Vaccination North-Western Provinces 1866-1877 - 1866-1877
Year: 1866
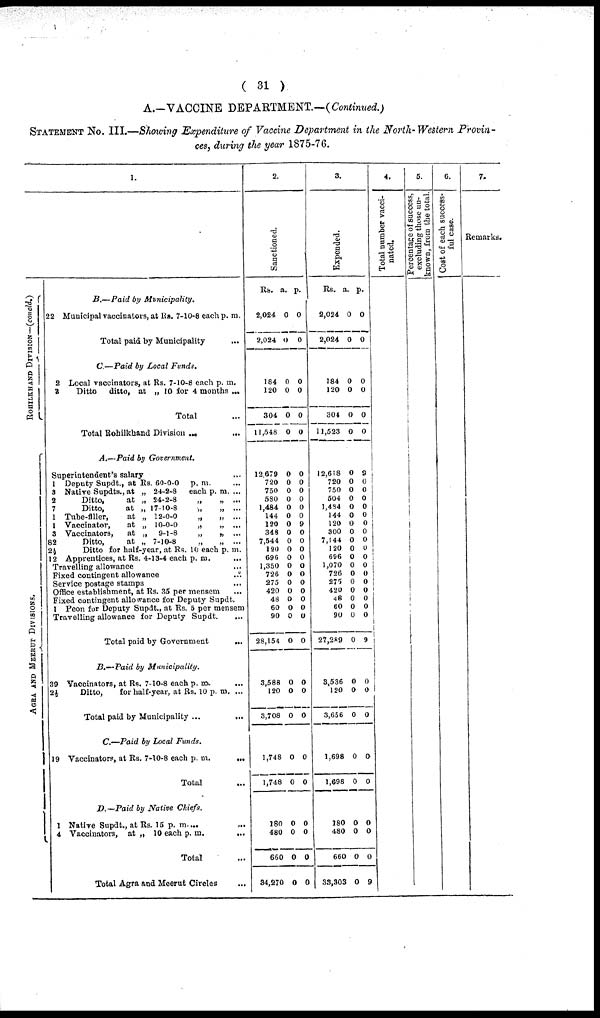
( 31 )
A.—VACCINE DEPARTMENT.—(Continued.)
STATEMENT No. III.—Showing Expenditure of Vaccine Department in the North-Western Provin-
ces, during the year 1875-76.
ROHILKHAND DIVISION—(concld.)
AGRA AND MEERUT DIVISIONS.
1.
B.—Paid
by
Municipality.
22 Municipal vaccinators, at Rs. 7-10-8 each p. m.
Total paid by Municipality ...
C—Paid
by Local
Funds.
2 Local vaccinators, at Rs. 7-10-8 each p. m.
3
Ditto
ditto, at
„ 10 for 4 months ...
Total ...
Total Rohilkhand Division ... ...
A.—Paid by
Government.
Superintendent's salary ...
1 Deputy Supdt., at Rs. 60-0-0
p. m. ...
3 Native Supdts., at „ 24-2-8
each p. m. ...
2
Ditto,
at „ 24-2-8
„
„
...
7
Ditto,
at „ 17-10-8
„
„
...
1 Tube-filler,
at „ 12-0-0
„
„
...
1 Vaccinator,
at „ 10-0-0
„
„
...
3 Vaccinators,
at „
9-1-8
„
„
...
82
Ditto,
at „ 7-10-8
„
„
...
2½
Ditto for half-year, at Rs. 10 each p. m.
12 Apprentices, at Rs. 4-13-4 each p. m. ...
Travelling allowance ...
Fixed contingent allowance
...
Service postage stamps ...
Office establishment, at Rs. 35 per mensem ...
Fixed contingent allowance for Deputy Supdt.
1 Peon for Deputy Supdt., at Rs. 5 per mensem
Travelling allowance for Deputy Supdt.
...
Total paid by Government
...
B.—Paid
by
Municipality.
39 Vaccinators, at Rs. 7-10-8 each p.
m.
...
2½
Ditto,
for half-year, at Rs. 10 p. m. ...
Total paid by Municipality ...
...
C.—Paid by Local
Funds.
19 Vaccinators, at Rs. 7-10-8 each p. m.
...
Total ...
D. —Paid by Native
Chiefs.
1 Native Supdt., at Rs. 15 p. m. ...
4 Vaccinators,
at „ 10 each p. m.
...
Total ...
Total Agra and Meerut Circles ...
2.
Sanctioned.
Rs.
2,024
2,024
184
120
304
11,548
12,679
720
750
580
1,484
144
120
348
7,544
120
696
1,350
726
275
420
48
60
90
28,154
3,588
120
3,708
1,748
1,748
180
480
660
34,270
a.
0
0
0
0
0
0
0
0
0
0
0
0
0
0
0
0
0
0
0
0
0
0
0
0
0
0
0
0
0
0
0
0
0
0
p.
0
0
0
0
0
0
0
0
0
0
0
0
9
0
0
0
0
0
0
0
0
0
0
0
0
0
0
0
0
0
0
0
0
0
3.
Expended.
Rs.
2,024
2,024
184
120
304
11,523
12,618
720
750
504
1,434
144
120
300
7,144
120
696
1,070
726
275
420
48
60
90
27,289
3,536
120
3,656
1,698
1,698
180
480
660
33,303
a.
0
0
0
0
0
0
0
0
0
0
0
0
0
0
0
0
0
0
0
0
0
0
0
0
0
0
0
0
0
0
0
0
0
0
p.
0
0
0
0
0
0
9
0
0
0
0
0
0
0
0
0
0
0
0
0
0
0
0
0
9
0
0
0
0
0
0
0
0
9
4.
Total number vacci-
nated.
5.
Percentage of success,
excluding those un-
known, from the total.
6.
Cost of each success-
ful case.
7.
Remarks.